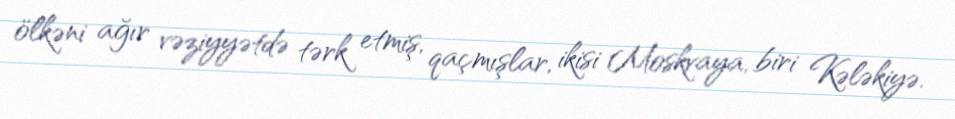
ölkəni ağır vəziyyətdə tərk etmiş, qaçmışlar, ikisi Moskvaya, biri Kələkiyə.